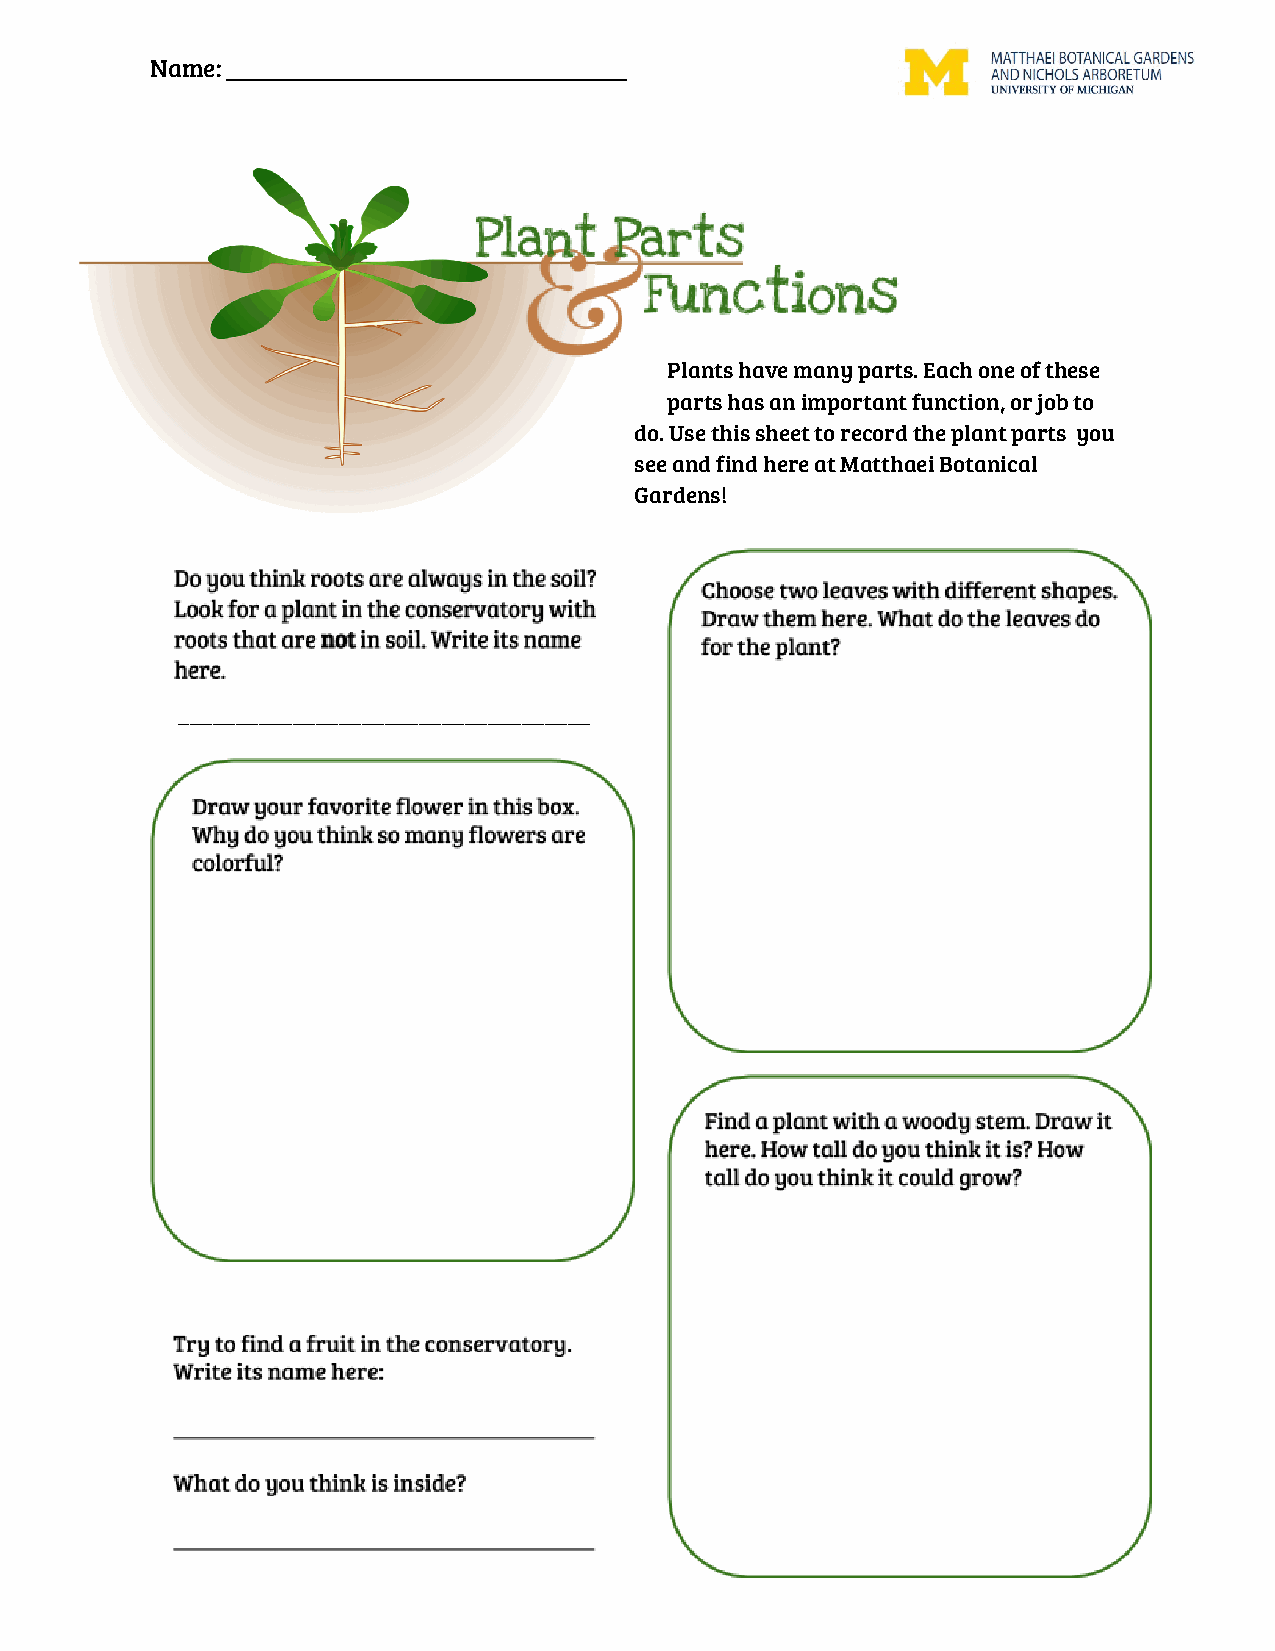
Name: ________________________________
 Plants have many parts. Each one of these
 parts has an important function, or job to
 do. Use this sheet to record the plant parts you
 see and find here at Matthaei Botanical
 Gardens!
 ____________________________________